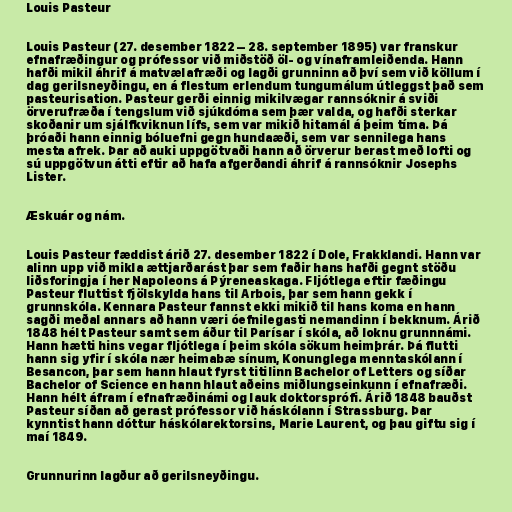
Louis Pasteur

Louis Pasteur (27. desember 1822 – 28. september 1895) var franskur
efnafræðingur og prófessor við miðstöð öl- og vínaframleiðenda. Hann
hafði mikil áhrif á matvælafræði og lagði grunninn að því sem við köllum í
dag gerilsneyðingu, en á flestum erlendum tungumálum útleggst það sem
pasteurisation. Pasteur gerði einnig mikilvægar rannsóknir á sviði
örverufræða í tengslum við sjúkdóma sem þær valda, og hafði sterkar
skoðanir um sjálfkviknun lífs, sem var mikið hitamál á þeim tíma. Þá
þróaði hann einnig bóluefni gegn hundaæði, sem var sennilega hans
mesta afrek. Þar að auki uppgötvaði hann að örverur berast með lofti og
sú uppgötvun átti eftir að hafa afgerðandi áhrif á rannsóknir Josephs
Lister.

Æskuár og nám.

Louis Pasteur fæddist árið 27. desember 1822 í Dole, Frakklandi. Hann var
alinn upp við mikla ættjarðarást þar sem faðir hans hafði gegnt stöðu
liðsforingja í her Napoleons á Pýreneaskaga. Fljótlega eftir fæðingu
Pasteur fluttist fjölskylda hans til Arbois, þar sem hann gekk í
grunnskóla. Kennara Pasteur fannst ekki mikið til hans koma en hann
sagði meðal annars að hann væri óefnilegasti nemandinn í bekknum. Árið
1848 hélt Pasteur samt sem áður til Parísar í skóla, að loknu grunnnámi.
Hann hætti hins vegar fljótlega í þeim skóla sökum heimþrár. Þá flutti
hann sig yfir í skóla nær heimabæ sínum, Konunglega menntaskólann í
Besancon, þar sem hann hlaut fyrst titilinn Bachelor of Letters og síðar
Bachelor of Science en hann hlaut aðeins miðlungseinkunn í efnafræði.
Hann hélt áfram í efnafræðinámi og lauk doktorsprófi. Árið 1848 bauðst
Pasteur síðan að gerast prófessor við háskólann í Strassburg. Þar
kynntist hann dóttur háskólarektorsins, Marie Laurent, og þau giftu sig í
maí 1849.

Grunnurinn lagður að gerilsneyðingu.